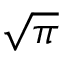
\sqrt { \pi }